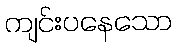
ကျင်းပနေသော